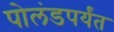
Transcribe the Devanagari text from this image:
पोलंडपर्यंत